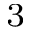
^ { 3 }